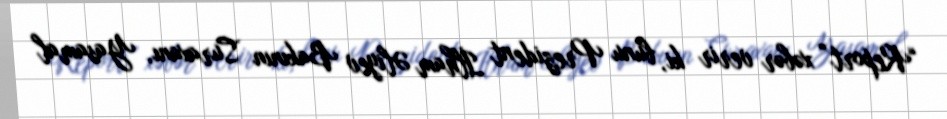
“Report” xəbər verir ki, bunu Prezident İlham Əliyev Bakının Suraxanı, Yasamal